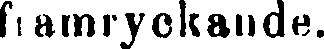
framryckande.